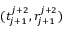
( t _ { j + 1 } ^ { j + 2 } , r _ { j + 1 } ^ { j + 2 } )